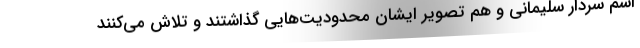
اسم سردار سلیمانی و هم تصویر ایشان محدودیت‌هایی گذاشتند و تلاش می‌کنند